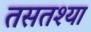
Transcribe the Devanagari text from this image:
तसतश्या